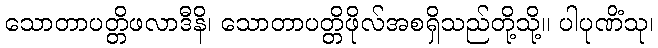
သောတာပတ္တိဖလာဒီနိ၊ သောတာပတ္တိဖိုလ်အစရှိသည်တို့သို့။ ပါပုဏိံသု၊